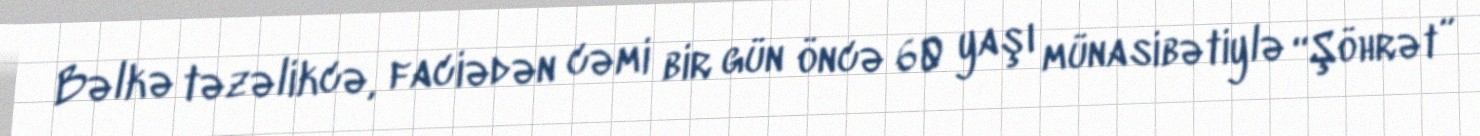
Bəlkə təzəlikcə, faciədən cəmi bir gün öncə 60 yaşı münasibətiylə “Şöhrət”